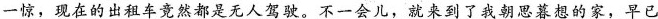
一惊，现在的出租车竟然都是无人驾驶。不一会儿，就来到了我朝思暮想的家，早已